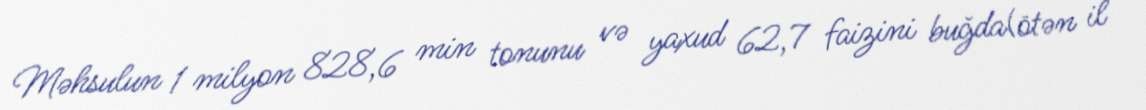
Məhsulun 1 milyon 828,6 min tonunu və yaxud 62,7 faizini buğda(ötən il